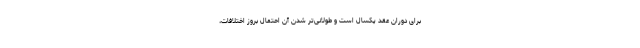
برای دوران عقد یکسال است و طولانی‌تر شدن آن احتمال بروز اختلافات،